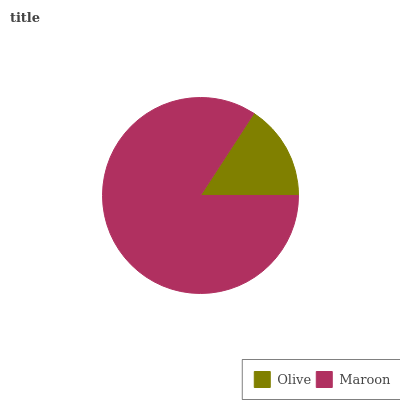
| Olive | Maroon |
 | --- | --- |
 | 15.8% | 84.2% |